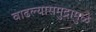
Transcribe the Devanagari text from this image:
वाढल्यासमुद्रामुळे